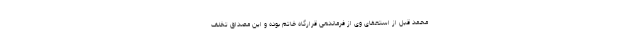
محمد قبل از استعفای وی از فرماندهی قرارگاه خاتم بوده و این مصداق تخلف